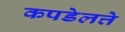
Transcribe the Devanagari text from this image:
कपडेलत्ते